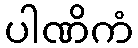
ပါဏိကံ